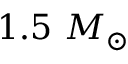
1 . 5 ~ M _ { \odot }